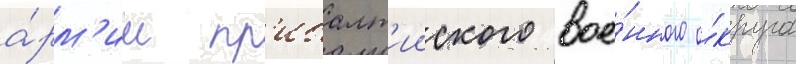
а́рм'ии пр'ибалт'ииского вое́нного о́круга